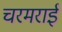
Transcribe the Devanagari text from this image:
चरमराई